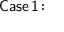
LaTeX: \mathsf { C a s e \, 1 \! : }